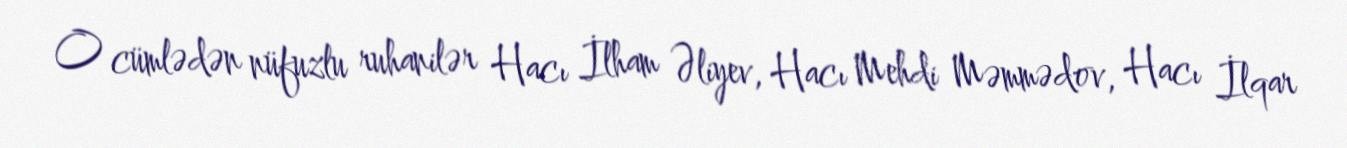
O cümlədən nüfuzlu ruhanilər Hacı İlham Əliyev, Hacı Mehdi Məmmədov, Hacı İlqar